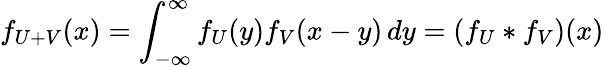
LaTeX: f_{U+V}(x)=\int_{-\infty}^{\infty}f_{U}(y)f_{V}(x-y)\, dy=\left(f_{U}*f_{V}\right)(x)